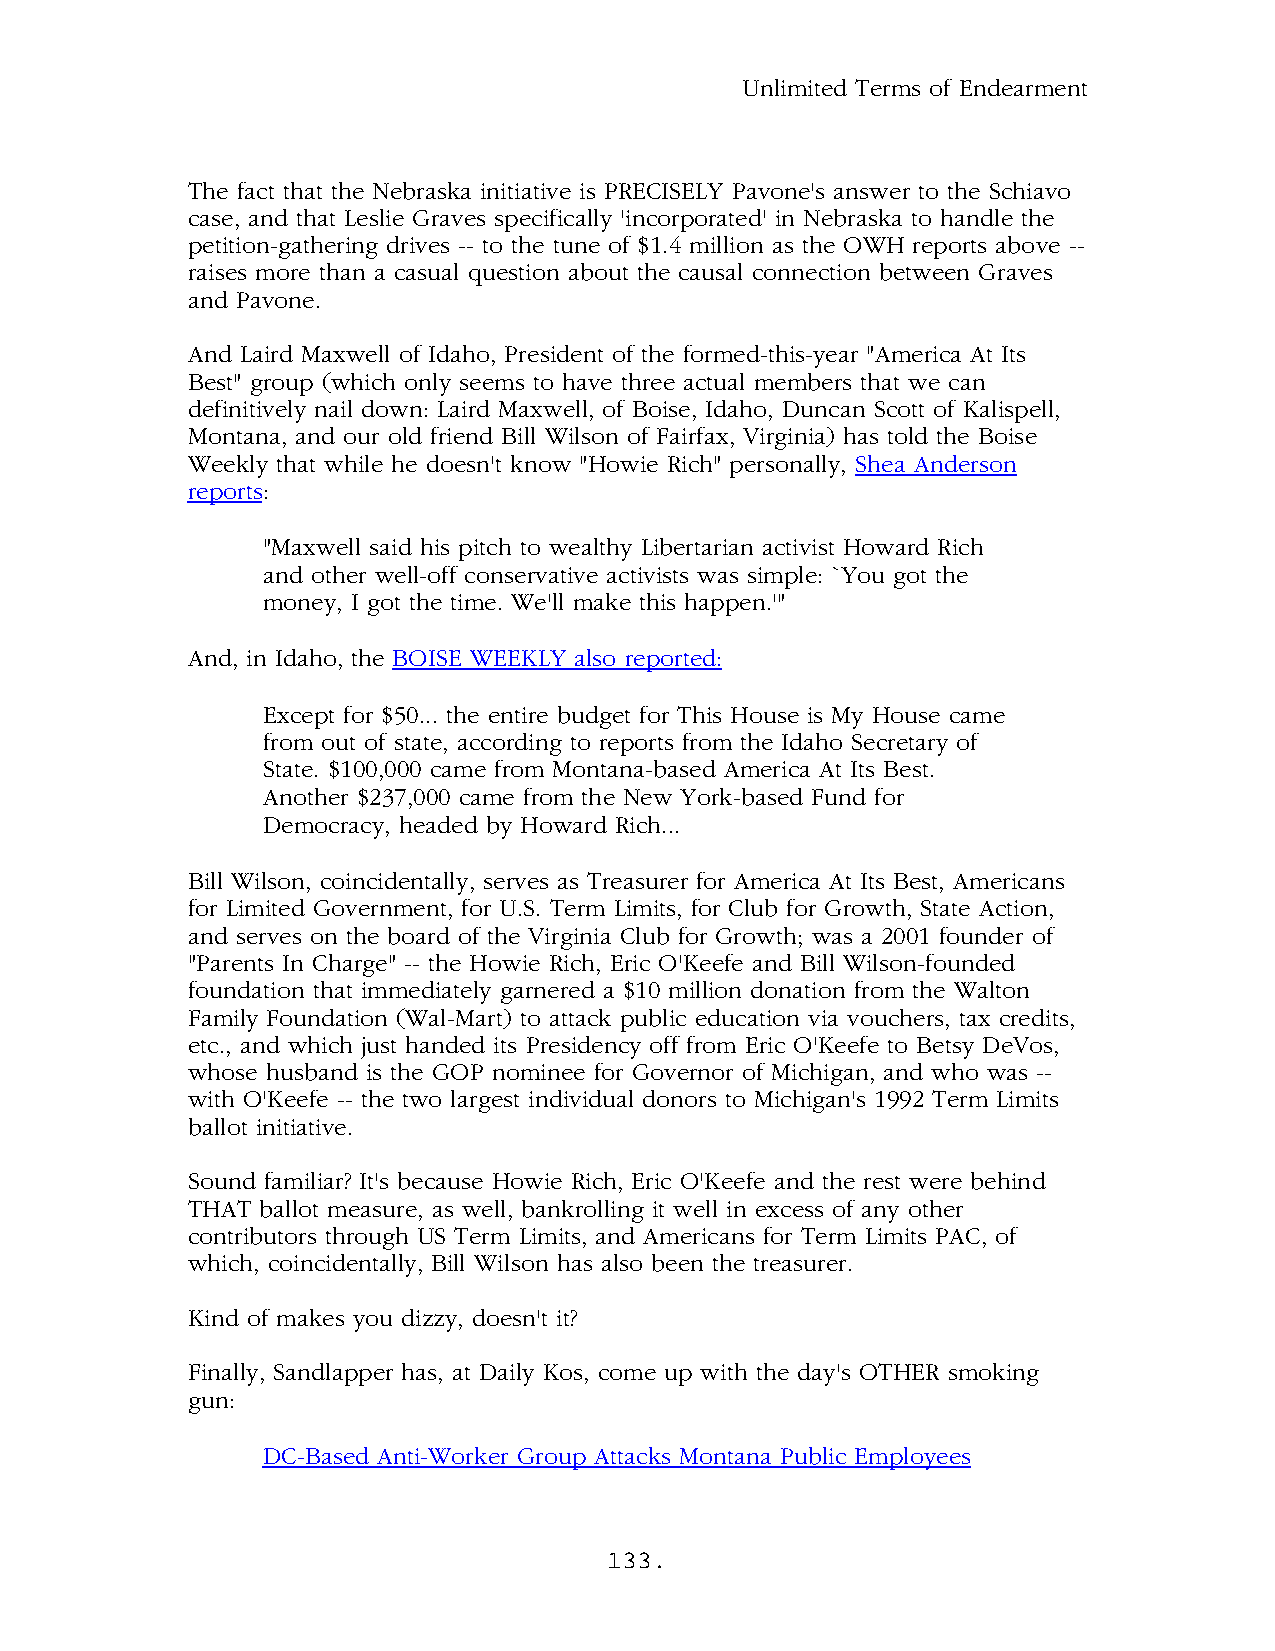
Unlimited Terms of Endearment
 The fact that the Nebraska initiative is PRECISELY Pavone's answer to the Schiavo
 case, and that Leslie Graves specifically 'incorporated' in Nebraska to handle the
 petition-gathering drives -- to the tune of $1.4 million as the OWH reports above --
 raises more than a casual question about the causal connection between Graves
 and Pavone.
 And Laird Maxwell of Idaho, President of the formed-this-year "America At Its
 Best" group (which only seems to have three actual members that we can
 definitively nail down: Laird Maxwell, of Boise, Idaho, Duncan Scott of Kalispell,
 Montana, and our old friend Bill Wilson of Fairfax, Virginia) has told the Boise
 Weekly that while he doesn't know "Howie Rich" personally, Shea Anderson
 reports:
 "Maxwell said his pitch to wealthy Libertarian activist Howard Rich
 and other well-off conservative activists was simple: `You got the
 money, I got the time. We'll make this happen.'"
 And, in Idaho, the BOISE WEEKLY also reported:
 Except for $50... the entire budget for This House is My House came
 from out of state, according to reports from the Idaho Secretary of
 State. $100,000 came from Montana-based America At Its Best.
 Another $237,000 came from the New York-based Fund for
 Democracy, headed by Howard Rich...
 Bill Wilson, coincidentally, serves as Treasurer for America At Its Best, Americans
 for Limited Government, for U.S. Term Limits, for Club for Growth, State Action,
 and serves on the board of the Virginia Club for Growth; was a 2001 founder of
 "Parents In Charge" -- the Howie Rich, Eric O'Keefe and Bill Wilson-founded
 foundation that immediately garnered a $10 million donation from the Walton
 Family Foundation (Wal-Mart) to attack public education via vouchers, tax credits,
 etc., and which just handed its Presidency off from Eric O'Keefe to Betsy DeVos,
 whose husband is the GOP nominee for Governor of Michigan, and who was --
 with O'Keefe -- the two largest individual donors to Michigan's 1992 Term Limits
 ballot initiative.
 Sound familiar? It's because Howie Rich, Eric O'Keefe and the rest were behind
 THAT ballot measure, as well, bankrolling it well in excess of any other
 contributors through US Term Limits, and Americans for Term Limits PAC, of
 which, coincidentally, Bill Wilson has also been the treasurer.
 Kind of makes you dizzy, doesn't it?
 Finally, Sandlapper has, at Daily Kos, come up with the day's OTHER smoking
 gun:
 DC-Based Anti-Worker Group Attacks Montana Public Employees
 133.